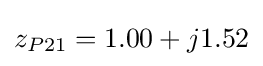
z_{P21}=1.00+j1.52